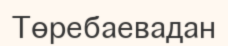
Төребаевадан